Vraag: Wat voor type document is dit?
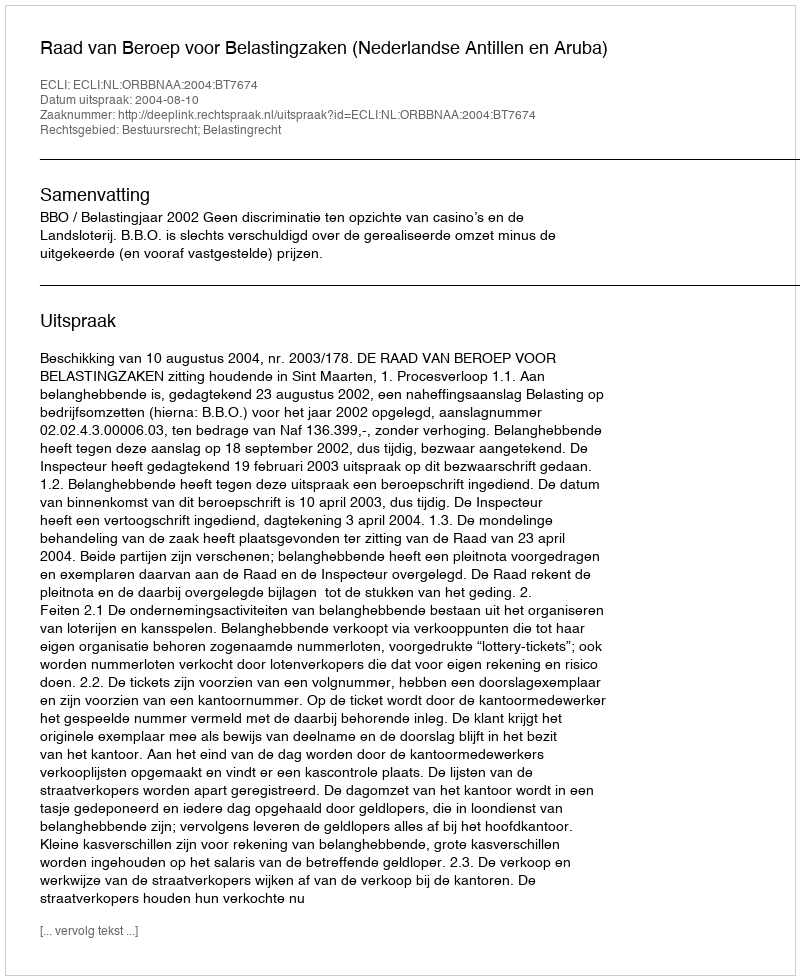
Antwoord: Uitspraak